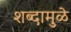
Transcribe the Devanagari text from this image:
शब्दामुळे